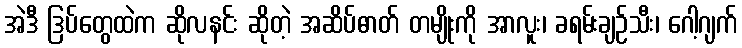
အဲဒီ ဒြပ်တွေထဲက ဆိုလနင်း ဆိုတဲ့ အဆိပ်ဓာတ် တမျိုးကို အာလူး၊ ခရမ်းချဉ်သီး၊ ဂေါ့ဂျက်